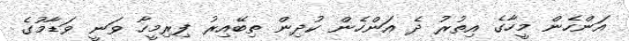
އަންހެން މީހާގެ އިތުރު ދެ އަންހެން ކުދިން ތިބޭއިރު ފިރިމީހާ ވަނީ ވަޑާމުގެ